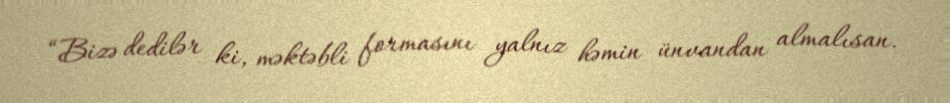
“Bizə dedilər ki, məktəbli formasını yalnız həmin ünvandan almalısan.